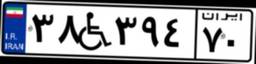
۷۸W۴۷۳۶۸